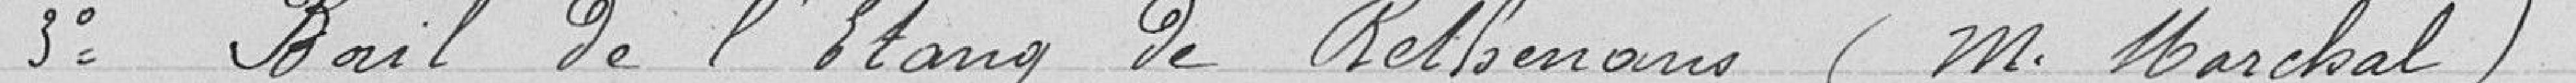
3° Bail de l'Etang de Rethenans (monsieur Marchal)